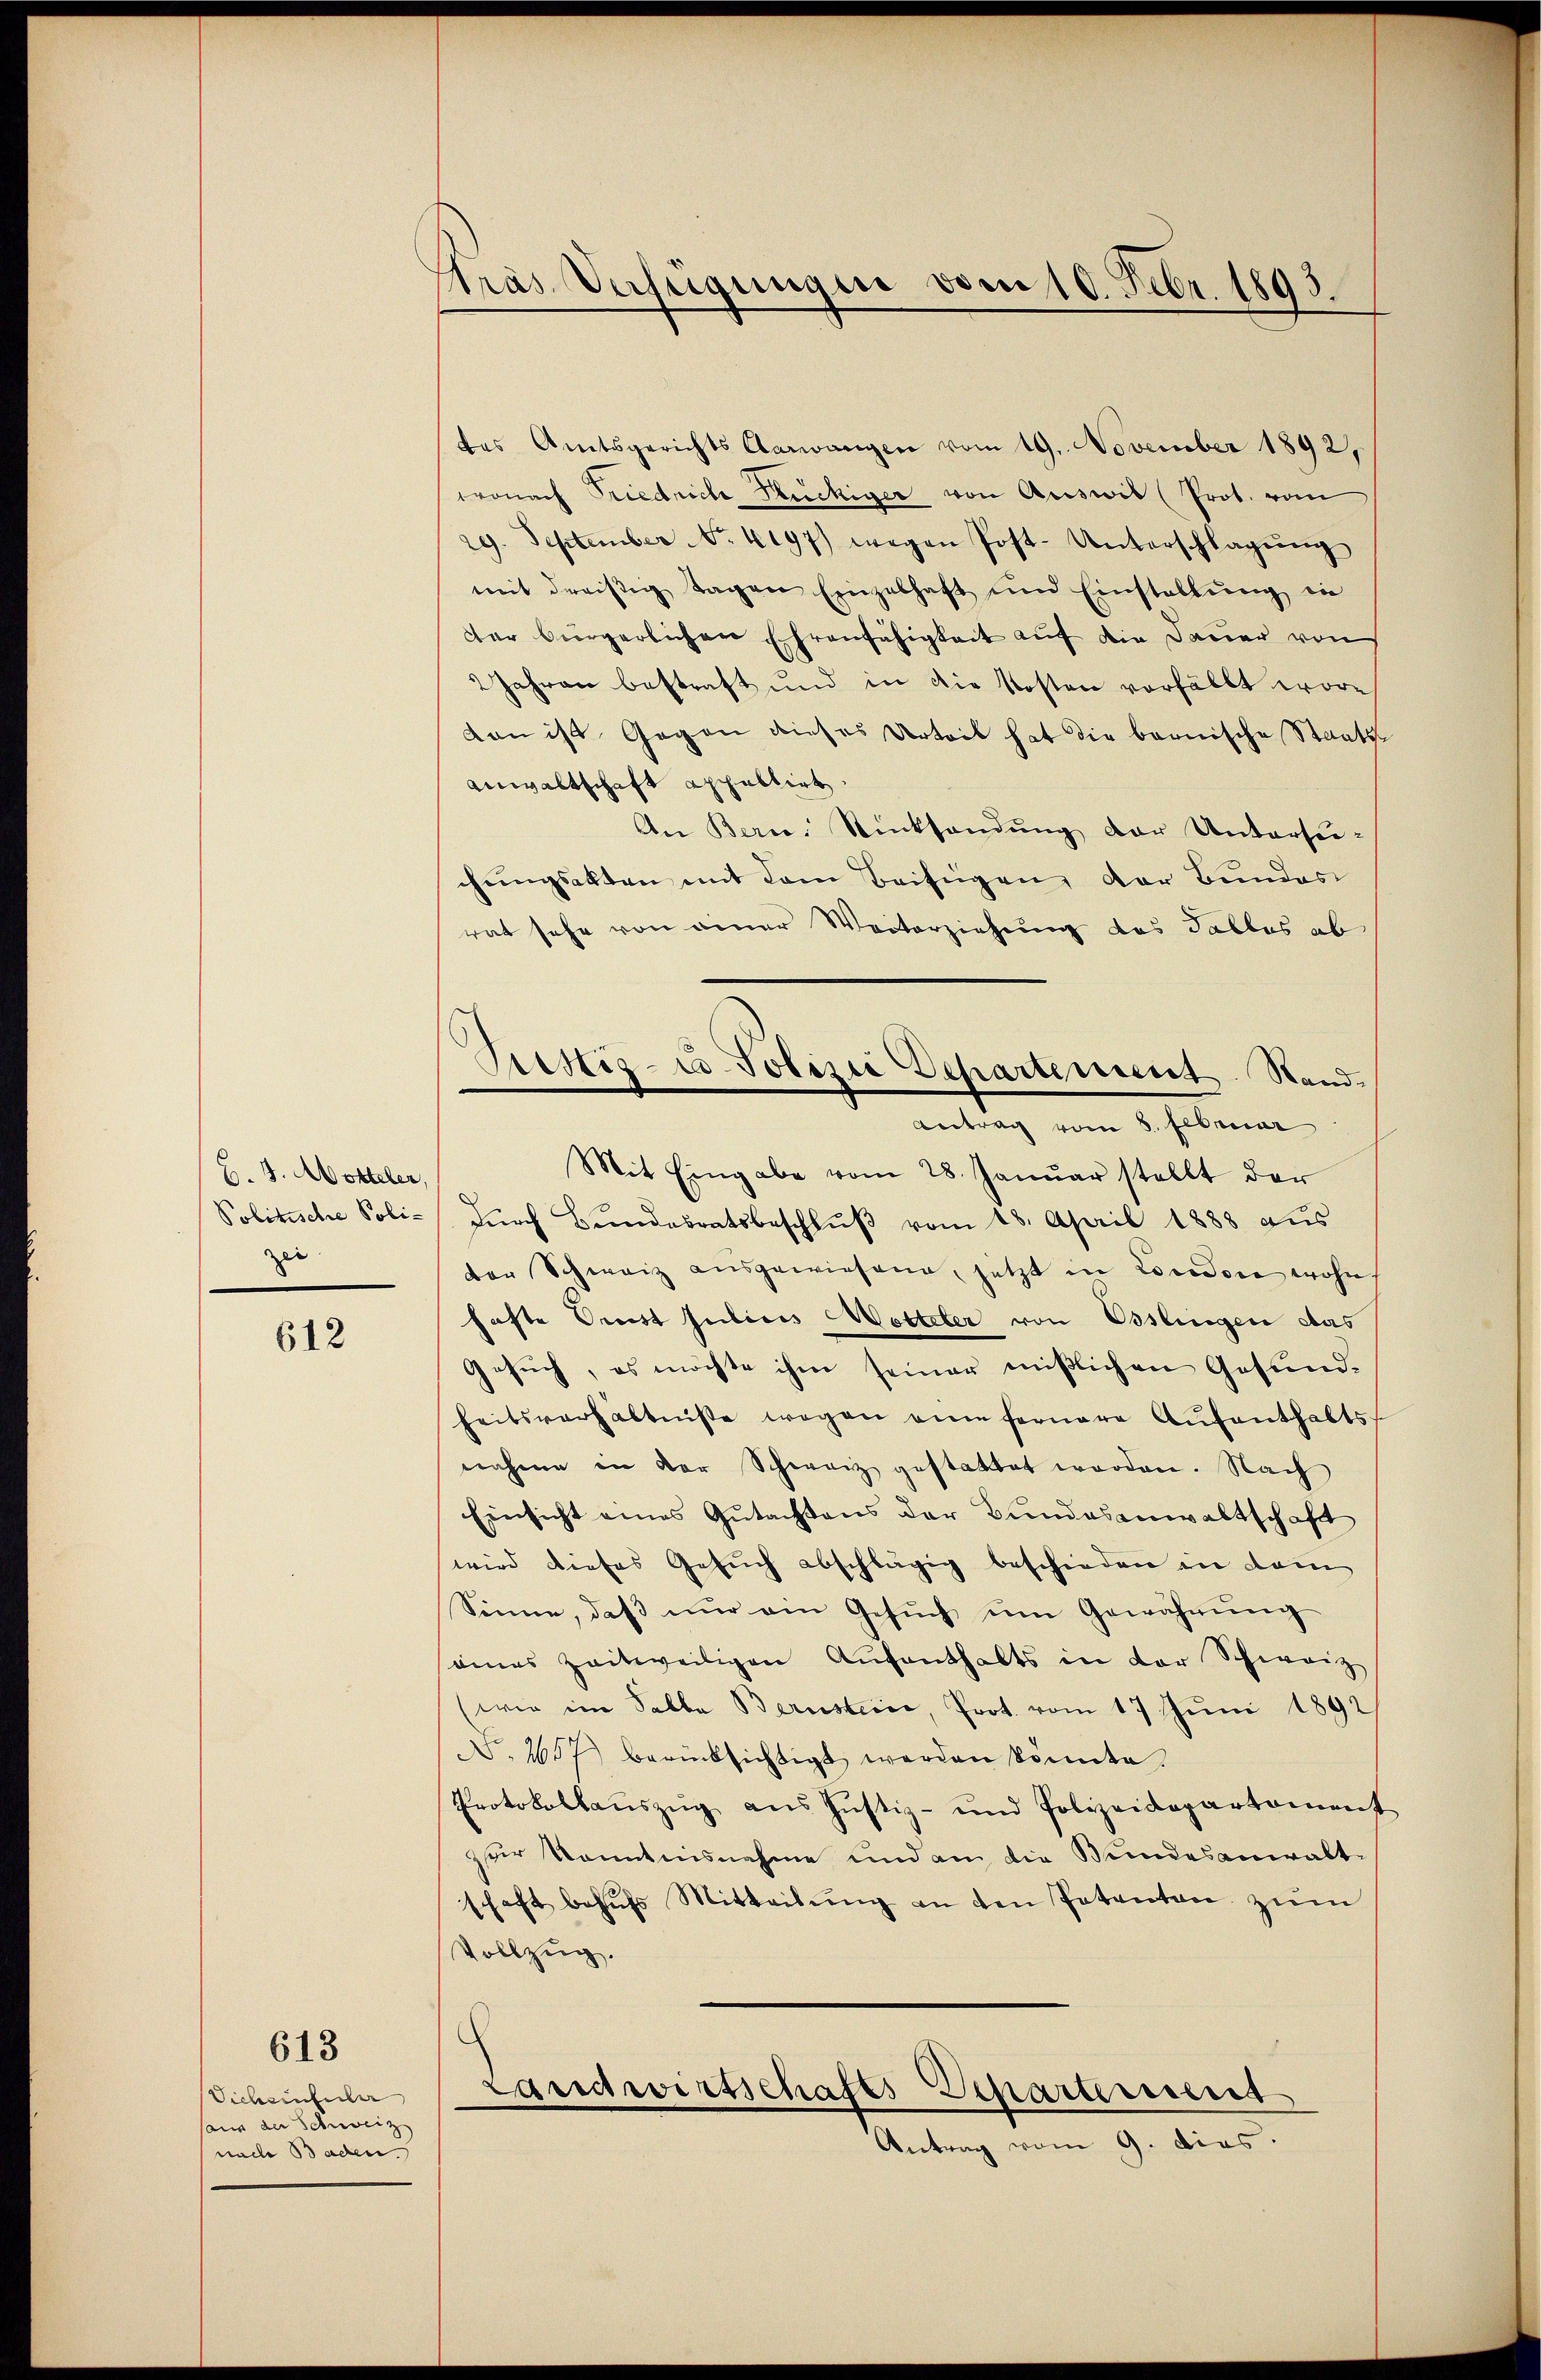
B. J. Motteler,
zei

612

613

Sicheintuler
sans der Schweiz
nach Baden.

träs Verfügungen vom 10. Febr. 1893.

des Amtsgerichts Aarwangen vom 19. November 1892,
wonach Friedrich Rückiger von Auswil (Prot. vom
29. September No. 4197) wegen Post-Unterschlagŭng
mit dreisig Tagen Einzelhaft und Einstellŭng in
der bürgerlichen Ehrenfähigkeit auf die Dauer von
2 Jahren bestraft und in die Kosten verfällt worvon ist Gegen dieses Urteil hat die bernische Staats-
Anwaltschaft appablirt
An Bern. Rücksendung der Untersuchungsakten mit dem Beifügen der Bundes
rat sehe von einer Weiterziehung des Tables ab
Mit Eingabe vom 28. Janŭar stellt der
Politische Poli- dŭrch Bŭndesratsbeschlŭβ vom 18. April 1888 aŭs
der Schweiz aŭsgewiesene, jetzt in London wohn
hafte Prust Julius Wetteter von Esslingen das
Gesuch, es möchte ihm seiner mißlichen Gesundheitsverhältnisse wegen eine fernere Aŭfenthaltsnahme in der Schweiz gestattet worden. Nach
Einsicht eines Gutachtens der Bundesanwaltschaft
wird dieses Gesuch abschlägig beschieden in dem
Sinne, daβ nŭr ein Gesŭch ŭm Gewährŭng
seines zeitweiligen Aŭfenthalts in der Schweiz
(wie im Salbe Berustice, Prot. vom 17 Juni 1892
N. 1657 berücksichtigt werden könnte.
Protokollaŭszŭg ans Justiz- und Polizeidepartement
zur Kenntnisnahme und am die Bundesanwalt
schaft behŭfs Mitteilŭng an den Petenten zŭm
Vollzug.
Landwirtschafts-Departement
Antrag vom 9. dies

Prestiz- u Polizei Departement. Stand¬
Antrag vom 8. Februar